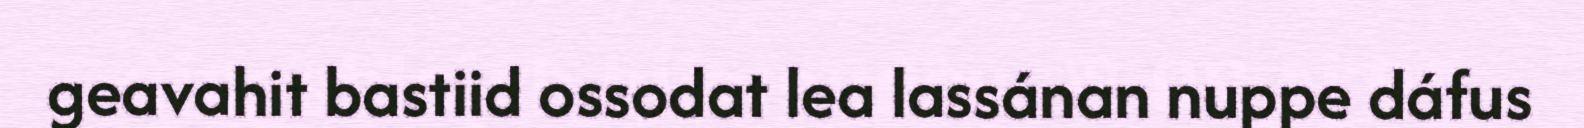
geavahit bastiid ossodat lea lassánan nuppe dáfus